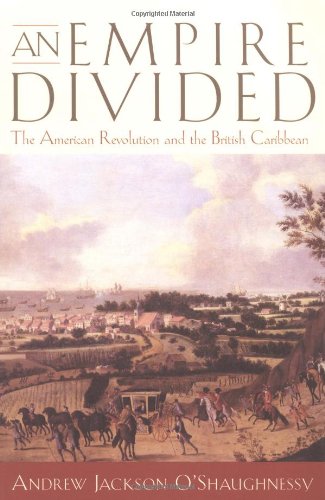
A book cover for An Empire Divided: The American Revolution and the British Caribbean (Early American Studies); Andrew Jackson O'Shaughnessy; History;